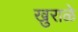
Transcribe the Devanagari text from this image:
खुराळे